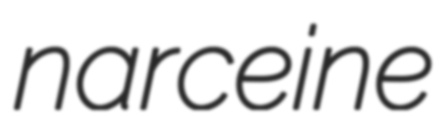
narceine